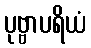
ပုဗ္ဗာပရိယံ